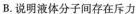
B.说明液体分子间存在斥力